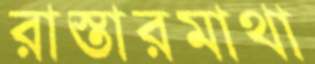
রাস্তারমাথা